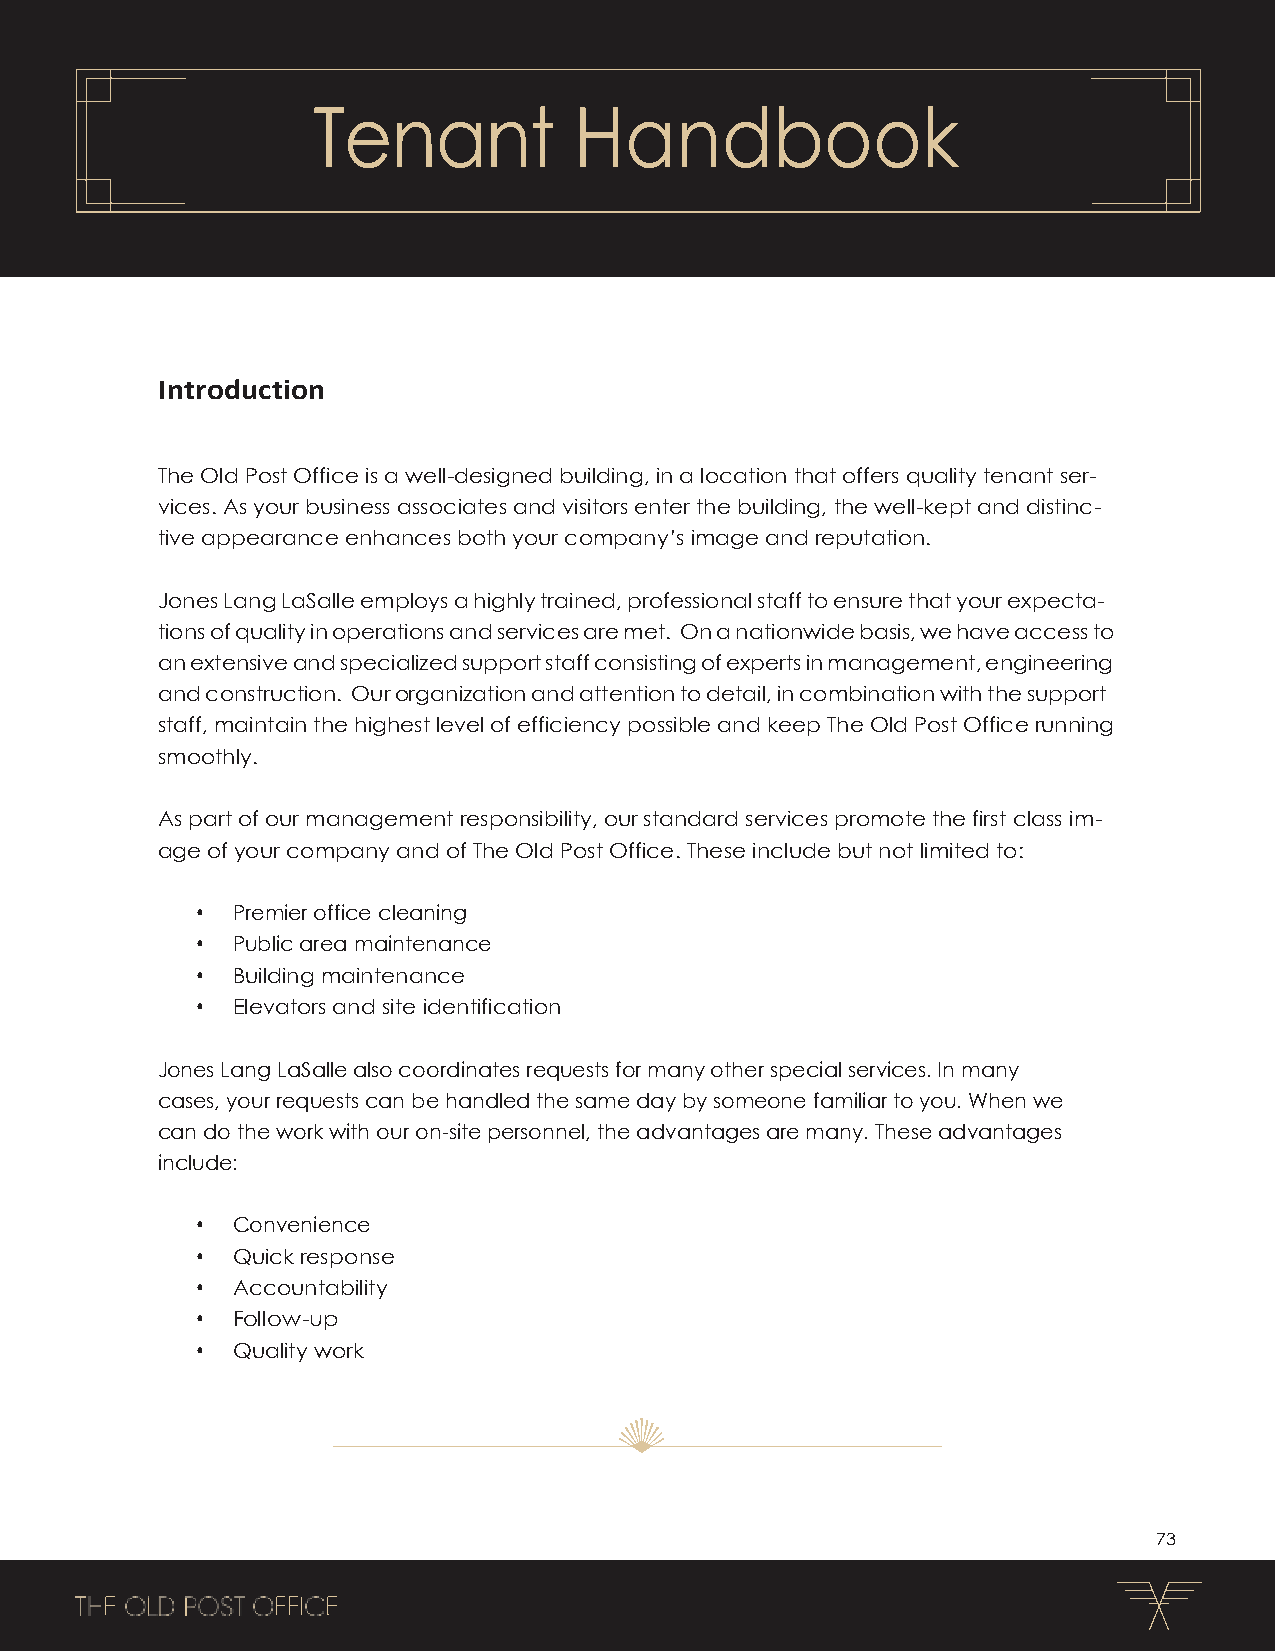
Tenant           Handbook
 Introduction
 The Old Post Office is a well-designed building, in a location that offers quality tenant ser-
 vices. As your business associates and visitors enter the building, the well-kept and distinc-
 tive appearance enhances both your company’s image and reputation.
 Jones Lang LaSalle employs a highly trained, professional staff to ensure that your expecta-
 tions of quality in operations and services are met. On a nationwide basis, we have access to
 an extensive and specialized support staff consisting of experts in management, engineering
 and construction. Our organization and attention to detail, in combination with the support
 staff, maintain the highest level of efficiency possible and keep The Old Post Office running
 smoothly.
 As part of our management responsibility, our standard services promote the first class im-
 age of your company and of The Old Post Office. These include but not limited to:
 • Premier office cleaning
 • Public area maintenance
 • Building maintenance
 • Elevators and site identification
 Jones Lang LaSalle also coordinates requests for many other special services. In many
 cases, your requests can be handled the same day by someone familiar to you. When we
 can do the work with our on-site personnel, the advantages are many. These advantages
 include:
 • Convenience
 • Quick response
 • Accountability
 • Follow-up
 • Quality work
 73